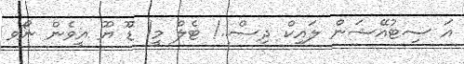
އަ ސިޓުއޭޝަން ލައިކް ދިސް..! ޓެލް މީ! ޑޫ ޔޫ އީވެން ނޯވ